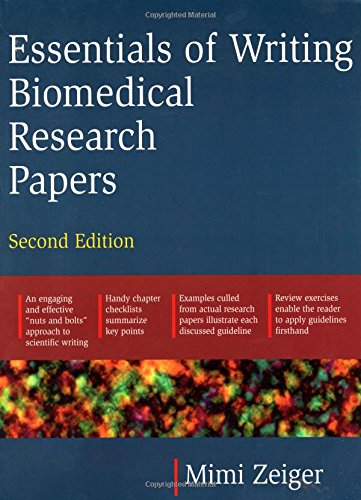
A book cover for Essentials of Writing Biomedical Research Papers. Second Edition; Mimi Zeiger; Medical Books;